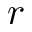
r